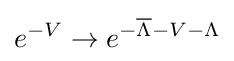
e^{-V}\to e^{-{\overline {\Lambda }}-V-\Lambda }